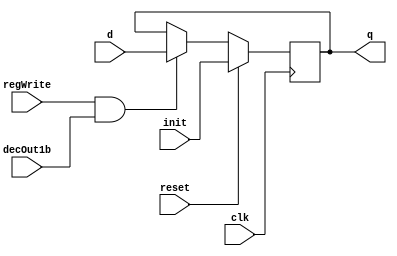

// Instruction Memory Design
module D_ff_Mem (input clk, input reset, input regWrite, input decOut1b,input init, input d, output reg q);
	always @ (negedge clk)
	begin
	if(reset==1)
		q=init;
	else
		if(regWrite == 1 && decOut1b==1) begin q=d; end
	end
endmodule

module register_Mem(input clk,input reset,input regWrite,input decOut1b,input [15:0]init, input [15:0] d_in, output [15:0] q_out);
	D_ff_Mem dMem0 (clk,reset,regWrite,decOut1b,init[0],d_in[0],q_out[0]);
	D_ff_Mem dMem1 (clk,reset,regWrite,decOut1b,init[1],d_in[1],q_out[1]);
	D_ff_Mem dMem2 (clk,reset,regWrite,decOut1b,init[2],d_in[2],q_out[2]);
	D_ff_Mem dMem3 (clk,reset,regWrite,decOut1b,init[3],d_in[3],q_out[3]);
	
	D_ff_Mem dMem4 (clk,reset,regWrite,decOut1b,init[4],d_in[4],q_out[4]);
	D_ff_Mem dMem5 (clk,reset,regWrite,decOut1b,init[5],d_in[5],q_out[5]);
	D_ff_Mem dMem6 (clk,reset,regWrite,decOut1b,init[6],d_in[6],q_out[6]);
	D_ff_Mem dMem7 (clk,reset,regWrite,decOut1b,init[7],d_in[7],q_out[7]);

	D_ff_Mem dMem8 (clk,reset,regWrite,decOut1b,init[8],d_in[8],q_out[8]);
	D_ff_Mem dMem9 (clk,reset,regWrite,decOut1b,init[9],d_in[9],q_out[9]);
	D_ff_Mem dMem10 (clk,reset,regWrite,decOut1b,init[10],d_in[10],q_out[10]);
	D_ff_Mem dMem11 (clk,reset,regWrite,decOut1b,init[11],d_in[11],q_out[11]);
	
	D_ff_Mem dMem12 (clk,reset,regWrite,decOut1b,init[12],d_in[12],q_out[12]);
	D_ff_Mem dMem13 (clk,reset,regWrite,decOut1b,init[13],d_in[13],q_out[13]);
	D_ff_Mem dMem14 (clk,reset,regWrite,decOut1b,init[14],d_in[14],q_out[14]);
	D_ff_Mem dMem15 (clk,reset,regWrite,decOut1b,init[15],d_in[15],q_out[15]);
endmodule

module decoder4to16( input [3:0] destReg, output reg [15:0] decOut);
	always@(destReg)
	case(destReg)
			4'b0000: decOut=16'b0000000000000001; 
			4'b0001: decOut=16'b0000000000000010;
			4'b0010: decOut=16'b0000000000000100;
			4'b0011: decOut=16'b0000000000001000;
			4'b0100: decOut=16'b0000000000010000;
			4'b0101: decOut=16'b0000000000100000;
			4'b0110: decOut=16'b0000000001000000;
			4'b0111: decOut=16'b0000000010000000;
			4'b1000: decOut=16'b0000000100000000; 
			4'b1001: decOut=16'b0000001000000000;
			4'b1010: decOut=16'b0000010000000000;
			4'b1011: decOut=16'b0000100000000000;
			4'b1100: decOut=16'b0001000000000000;
			4'b1101: decOut=16'b0010000000000000;
			4'b1110: decOut=16'b0100000000000000;
			4'b1111: decOut=16'b1000000000000000;
	endcase
endmodule

module mux16to1( input [15:0] outR0,outR1,outR2,outR3,outR4,outR5,outR6,outR7,outR8,outR9,outR10,outR11,outR12,outR13,outR14,outR15, input [3:0] Sel, output reg [15:0] outBus );
	always@(outR0 or outR1 or outR2 or outR3 or outR4 or outR5 or outR6 or outR7 or outR8 or outR9 or outR10 or outR11 or outR12 or outR13 or outR14 or outR15 or Sel)
	case (Sel)
				4'b0000: outBus=outR0;
				4'b0001: outBus=outR1;
				4'b0010: outBus=outR2;
				4'b0011: outBus=outR3;
				4'b0100: outBus=outR4;
				4'b0101: outBus=outR5;
				4'b0110: outBus=outR6;
				4'b0111: outBus=outR7;
				4'b1000: outBus=outR8;
				4'b1001: outBus=outR9;
				4'b1010: outBus=outR10;
				4'b1011: outBus=outR11;
				4'b1100: outBus=outR12;
				4'b1101: outBus=outR13;
				4'b1110: outBus=outR14;
				4'b1111: outBus=outR15;
	endcase
endmodule

module Mem(input clk, input reset,input memWrite,input memRead, input [15:0] pc, input [15:0] dataIn,output [15:0] IR );
	wire [15:0] Qout0, Qout1, Qout2, Qout3, Qout4, Qout5, Qout6, Qout7,
					Qout8, Qout9, Qout10, Qout11, Qout12, Qout13, Qout14, Qout15,decOut;

	decoder4to16 dec0( pc[4:1], decOut);
	
	register_Mem r0(clk,reset,memWrite,decOut[0],16'b 101_0000_0001_00001,dataIn,Qout0); //addi $r1,$r0,1
	register_Mem r1(clk,reset,memWrite,decOut[1],16'b 101_0000_0010_00010,dataIn,Qout1); //addi $r2,$r0,2
	register_Mem r2(clk,reset,memWrite,decOut[2],16'b 000_0001_0010_00011,dataIn,Qout2); //add $r3,$r1,$r2
	register_Mem r3(clk,reset,memWrite,decOut[3],16'b 001_0010_0010_00000,dataIn,Qout3); //mul $r2,$r2
	
	register_Mem r4(clk,reset,memWrite,decOut[4],16'b 100_0000_0000_00100,dataIn,Qout4); //mflo $r4
	register_Mem r5(clk,reset,memWrite,decOut[5],16'b 000_0100_0011_00111,dataIn,Qout5); //add $r7, $r4, $r3
	register_Mem r6(clk,reset,memWrite,decOut[6],16'b 111_0100_0111_11010,dataIn,Qout6); //sw $r7,26($r4)
	register_Mem r7(clk,reset,memWrite,decOut[7],16'b 000_0111_0001_00111,dataIn,Qout7);  //add $r7,$r7,$r1
	
	register_Mem r8(clk,reset,memWrite,decOut[8],16'b 000_0000_0111_01000,dataIn,Qout8); //add $r8, $r0, $r7
	register_Mem r9(clk,reset,memWrite,decOut[9],16'b 110_0100_0111_11010,dataIn,Qout9); //lw $r7, 26($r4)
	register_Mem r10(clk,reset,memWrite,decOut[10],16'b 000_1000_0100_01100,dataIn,Qout10); //add $r12,$r8,$r4
	register_Mem r11(clk,reset,memWrite,decOut[11],16'b 010_1100_0111_00000,dataIn,Qout11); //div $r12,$r7
	
	register_Mem r12(clk,reset,memWrite,decOut[12],16'b 011_0000_0000_00101,dataIn,Qout12); //mfhi $r5
	register_Mem r13(clk,reset,memWrite,decOut[13],16'b 000_0101_0001_00110,dataIn,Qout13); //add $r6, $r5, $r1
	register_Mem r14(clk,reset,memWrite,decOut[14],16'd0,dataIn,Qout14);
	register_Mem r15(clk,reset,memWrite,decOut[15],16'd0,dataIn,Qout15);	//This memory location stores contents of $r7
	
	mux16to1 mMem (Qout0,Qout1,Qout2,Qout3,Qout4,Qout5,Qout6,Qout7,Qout8,Qout9,Qout10,Qout11,Qout12,Qout13,Qout14,Qout15,pc[4:1],IR);
endmodule
//Instruction Memory Design Ends

//Register File Design
module D_ff (input clk, input reset, input regWrite, input decOut1b, input d, output reg q);
	always @ (negedge clk)
	begin
	if(reset==1'b1)
		q=0;
	else
		if(regWrite == 1'b1 && decOut1b==1'b1) begin q=d; end
	end
endmodule

module register16bit( input clk, input reset, input regWrite, input decOut1b, input [15:0] writeData, output  [15:0] outR );
	D_ff d0(clk, reset, regWrite, decOut1b, writeData[0], outR[0]);
	D_ff d1(clk, reset, regWrite, decOut1b, writeData[1], outR[1]);
	D_ff d2(clk, reset, regWrite, decOut1b, writeData[2], outR[2]);
	D_ff d3(clk, reset, regWrite, decOut1b, writeData[3], outR[3]);
	D_ff d4(clk, reset, regWrite, decOut1b, writeData[4], outR[4]);
	D_ff d5(clk, reset, regWrite, decOut1b, writeData[5], outR[5]);
	D_ff d6(clk, reset, regWrite, decOut1b, writeData[6], outR[6]);
	D_ff d7(clk, reset, regWrite, decOut1b, writeData[7], outR[7]);
	D_ff d8(clk, reset, regWrite, decOut1b, writeData[8], outR[8]);
	D_ff d9(clk, reset, regWrite, decOut1b, writeData[9], outR[9]);
	D_ff d10(clk, reset, regWrite, decOut1b, writeData[10], outR[10]);
	D_ff d11(clk, reset, regWrite, decOut1b, writeData[11], outR[11]);
	D_ff d12(clk, reset, regWrite, decOut1b, writeData[12], outR[12]);
	D_ff d13(clk, reset, regWrite, decOut1b, writeData[13], outR[13]);
	D_ff d14(clk, reset, regWrite, decOut1b, writeData[14], outR[14]);
	D_ff d15(clk, reset, regWrite, decOut1b, writeData[15], outR[15]);
endmodule

module registerSet( input clk, input reset, input regWrite, input [15:0] decOut, input [15:0] writeData,  output [15:0] outR0,outR1,outR2,outR3,outR4,outR5,outR6,outR7,outR8,outR9,outR10,outR11,outR12,outR13,outR14,outR15 );
	register16bit r0 (clk, reset, regWrite, decOut[0] , writeData , outR0 );
	register16bit r1 (clk, reset, regWrite, decOut[1] , writeData , outR1 );
	register16bit r2 (clk, reset, regWrite, decOut[2] , writeData , outR2 );
	register16bit r3 (clk, reset, regWrite, decOut[3] , writeData , outR3 );
	register16bit r4 (clk, reset, regWrite, decOut[4] , writeData , outR4 );
	register16bit r5 (clk, reset, regWrite, decOut[5] , writeData , outR5 );
	register16bit r6 (clk, reset, regWrite, decOut[6] , writeData , outR6 );
	register16bit r7 (clk, reset, regWrite, decOut[7] , writeData , outR7 );
	register16bit r8 (clk, reset, regWrite, decOut[8] , writeData , outR8 );
	register16bit r9 (clk, reset, regWrite, decOut[9] , writeData , outR9 );
	register16bit r10 (clk, reset, regWrite, decOut[10] , writeData , outR10 );
	register16bit r11(clk, reset, regWrite, decOut[11] , writeData , outR11 );
	register16bit r12 (clk, reset, regWrite, decOut[12] , writeData , outR12 );
	register16bit r13 (clk, reset, regWrite, decOut[13] , writeData , outR13 );
	register16bit r14 (clk, reset, regWrite, decOut[14] , writeData , outR14 );
	register16bit r15 (clk, reset, regWrite, decOut[15] , writeData , outR15 );
endmodule

module registerFile(input clk, input reset, input regWrite, input [3:0] srcRegA, input [3:0] srcRegB, 
		input [3:0] destReg,  input [15:0] writeData, output [15:0] outBusA, output [15:0] outBusB );
	wire [15:0] decOut;
	wire [15:0] outR0,outR1,outR2,outR3,outR4,outR5,outR6,outR7,outR8,outR9,outR10,outR11,outR12,outR13,outR14,outR15;
	decoder4to16 d0 (destReg,decOut);
	registerSet rSet0(clk, reset, regWrite, decOut, writeData, outR0,outR1,outR2,outR3,outR4,outR5,outR6,outR7,outR8,outR9,outR10,outR11,outR12,outR13,outR14,outR15);
	mux16to1 m1(outR0,outR1,outR2,outR3,outR4,outR5,outR6,outR7,outR8,outR9,outR10,outR11,outR12,outR13,outR14,outR15,srcRegA,outBusA);
	mux16to1 m2(outR0,outR1,outR2,outR3,outR4,outR5,outR6,outR7,outR8,outR9,outR10,outR11,outR12,outR13,outR14,outR15,srcRegB,outBusB);
endmodule
//Register File Design Ends

//D_ff for IR register
module D_ff_IR (input IRWrite, input d, output reg q);
	always @ (IRWrite or d)
		begin
		if(IRWrite)
			q=d;
		end
endmodule

//Register to be used for IR register
module register16bit_IR(IRWrite, writeData, outBus);

	input IRWrite;
	input [15:0] writeData;
	output [15:0] outBus;
	D_ff_IR d0(IRWrite, writeData[0], outBus[0]);
	D_ff_IR d1(IRWrite, writeData[1], outBus[1]);
	D_ff_IR d2(IRWrite, writeData[2], outBus[2]);
	D_ff_IR d3(IRWrite, writeData[3], outBus[3]);
	D_ff_IR d4(IRWrite, writeData[4], outBus[4]);
	D_ff_IR d5(IRWrite, writeData[5], outBus[5]);
	D_ff_IR d6(IRWrite, writeData[6], outBus[6]);
	D_ff_IR d7(IRWrite, writeData[7], outBus[7]);
	D_ff_IR d8(IRWrite, writeData[8], outBus[8]);
	D_ff_IR d9(IRWrite, writeData[9], outBus[9]);
	D_ff_IR d10(IRWrite, writeData[10], outBus[10]);
	D_ff_IR d11(IRWrite, writeData[11], outBus[11]);
	D_ff_IR d12(IRWrite, writeData[12], outBus[12]);
	D_ff_IR d13(IRWrite, writeData[13], outBus[13]);
	D_ff_IR d14(IRWrite, writeData[14], outBus[14]);
	D_ff_IR d15(IRWrite, writeData[15], outBus[15]);
endmodule

module mux2to1_16bits(input [15:0] in1, input [15:0] in2, input sel, output reg [15:0] muxout);
					 
	//Write your code here
	always@(in1 or in2 or sel)
	case(sel)
	 1'b0: muxout = in1;
	 1'b1: muxout = in2;  
	endcase
					 
endmodule

module mux2to1_4bits(input [3:0] in1, input [3:0] in2, input sel, output reg [3:0] muxout);
					 
	//Write your code here
	always@(in1 or in2 or sel)
	case(sel)
	 1'b0: muxout = in1;
	 1'b1: muxout = in2;  
	endcase
					 
endmodule

module signExt5to16( input [4:0] offset, output reg [15:0] signExtOffset);
						 
	//Write your code here
	always@(offset)
	begin
	 signExtOffset[15:5] = {11{offset[4]}};
	 signExtOffset[4:0] = offset[4:0];
	end
					 
endmodule

module mux4to1_16bits(input [15:0] in1, input [15:0] in2, input [15:0] in3, input [1:0] sel, output reg [15:0] muxout);
					 
	//Write your code heremux4
	always@(in1 or in2 or sel)
	case(sel)
	 2'b00: muxout = in1;
	 2'b01: muxout = in2;
	 2'b10: muxout = in3;	  
	endcase
	
					 
endmodule

					 
module ctrlCkt	(input clk, input reset, input [2:0] opcode, output reg PCWrite,output reg memRead,output reg memToReg,
				 output reg memWrite,output reg ALUsrcA,output reg regWrite,output reg regDest,output reg IRWrite,output reg IorD,
				 output reg loWrite,output reg hiWrite,output reg [1:0] toReg,output reg [1:0] ALUOp,output reg [1:0]ALUsrcB);
					 
	//Write your code here
	reg[3:0] state;	
	always@(negedge clk or reset)
	if (reset == 1)
	 begin
	    state = 4'b0000; 
	    
      PCWrite = 1'b0;
	    IorD = 1'b0;
	    memRead = 1'b0;
  	   memWrite = 1'b0;
    	 IRWrite = 1'b0;
    	 ALUsrcA = 1'b0;
    	 ALUsrcB = 2'b00;
    	 ALUOp = 2'b00;
    	 hiWrite = 1'b0;
    	 loWrite = 1'b0;
    	 toReg = 2'b00;
    	 memToReg = 1'b0;
    	 regDest = 1'b0;
    	 regWrite = 1'b0;
	 end
	 
	else
	  
	begin
	  
	case(state)
	 4'b0000: 
	   begin
	    state = 4'b0001;
	       
	    PCWrite = 1'b1;
	    IorD = 1'b1;
	    memRead = 1'b1;
  	   memWrite = 1'b0;
    	 IRWrite = 1'b1;
    	 ALUsrcA = 1'b0;
    	 ALUsrcB = 2'b01;
    	 ALUOp = 2'b00;
    	 hiWrite = 1'b0;
    	 loWrite = 1'b0;
    	 toReg = 2'b00;
    	 memToReg = 1'b0;
    	 regDest = 1'b0;
    	 regWrite = 1'b0; 
	 end
	 
	 4'b0001: 
	   begin
	    PCWrite = 1'b0;
	    IorD = 1'b0;
	    memRead = 1'b0;
  	   memWrite = 1'b0;
    	 IRWrite = 1'b0;
    	 ALUsrcA = 1'b0;
    	 ALUsrcB = 2'b00;
    	 ALUOp = 2'b00;
    	 hiWrite = 1'b0;
    	 loWrite = 1'b0;
    	 toReg = 2'b00;
    	 memToReg = 1'b0;
    	 regDest = 1'b0;
    	 regWrite = 1'b0;
	     case(opcode)
	       3'b000:   //add instr
	       begin
	         state = 4'b0010;
	       end  
	       
	       //fall through for mul/div possible??
	       3'b001:   //mul
	       begin
	         state = 4'b0100;
	       end
	       
	       3'b010:   //div
	       begin
	         state = 4'b0100;
	       end
	       
	       3'b011:   //mfhi 
	       begin
	         state = 4'b0101;
	       end
	       
	       3'b100:   //mflo
	       begin
	         state = 4'b0101;
	       end
	       
	       3'b101:   //addi
	       begin
	         state = 4'b0110;
	       end
	       
	       3'b110:   //lw
	       begin
	         state = 4'b1000;
	       end
	       
	       3'b111:   //lw
	       begin
	         state = 4'b1000;
	       end
	     endcase
	    end    //END OF CASE FOR STATE 1
	     
	  4'b0010: 
	   begin
	    state = 4'b0011;  
      	    PCWrite = 1'b0; 
	         IorD = 1'b0;
      	    memRead = 1'b0;
  	        memWrite = 1'b0;
         	 IRWrite = 1'b0;
  	        ALUsrcA = 1'b1;
         	 ALUsrcB = 2'b00;
    	      ALUOp = 2'b00;
         	 hiWrite = 1'b0;
  	        loWrite = 1'b0;
         	 toReg = 2'b00;
	         memToReg = 1'b0;
         	 regDest = 1'b0;
    	      regWrite = 1'b0;
	    
	 end
	 
	 4'b0011: 
	   begin
	    state = 4'b0000;
	      
	    PCWrite = 1'b0;
	    IorD = 1'b0;
	    memRead = 1'b0;
  	   memWrite = 1'b0;
    	 IRWrite = 1'b0;
    	 ALUsrcA = 1'b0;
    	 ALUsrcB = 2'b00;
    	 ALUOp = 2'b00;
    	 hiWrite = 1'b0;
    	 loWrite = 1'b0;
    	 toReg = 2'b10;
    	 memToReg = 1'b0;
    	 regDest = 1'b1;
    	 regWrite = 1'b1;
	 end
	 
	 4'b0100: 
	   begin
	    state = 4'b0000;
	      
	    
      	    PCWrite = 1'b0; 
	         IorD = 1'b0;
      	    memRead = 1'b0;
  	        memWrite = 1'b0;
         	 IRWrite = 1'b0;
  	        ALUsrcA = 1'b1;
         	 ALUsrcB = 2'b00;
         	 
    	      case(opcode)
    	       3'b001: ALUOp = 2'b01;    //mul 
    	       3'b010: ALUOp = 2'b10;    //div
  	       endcase
  	       
         	 hiWrite = 1'b1;
  	        loWrite = 1'b1;
         	 toReg = 2'b00;
	         memToReg = 1'b0;
         	 regDest = 1'b0;
    	      regWrite = 1'b0;  
	   
	   end
  
   4'b0101: 
	   begin
	    state = 4'b0000;
	    
      	    PCWrite = 1'b0; 
	         IorD = 1'b0;
      	    memRead = 1'b0;
  	        memWrite = 1'b0;
         	 IRWrite = 1'b0;
  	        ALUsrcA = 1'b0;
         	 ALUsrcB = 2'b00;
    	      ALUOp = 2'b00;
         	 hiWrite = 1'b0;
  	        loWrite = 1'b0;
         	 case(opcode)
    	       3'b100: toReg = 2'b01;  //mflo
    	       3'b011: ALUOp = 2'b00;    //mfhi
  	       endcase
         	 
	         memToReg = 1'b0;
         	 regDest = 1'b1;
    	      regWrite = 1'b1;
	 end
	 
	 
	 4'b0110: 
	   begin
	    state = 4'b0111;
	    
	    
      	    PCWrite = 1'b0; 
	         IorD = 1'b0;
      	    memRead = 1'b0;
  	        memWrite = 1'b0;
         	 IRWrite = 1'b0;
  	        ALUsrcA = 1'b1;
         	 ALUsrcB = 2'b10;
    	      ALUOp = 2'b00;
         	 hiWrite = 1'b0;
  	        loWrite = 1'b0;
         	 toReg = 2'b00;
	         memToReg = 1'b0;
         	 regDest = 1'b0;
    	      regWrite = 1'b0;
	 
	 end
	 
	  4'b0111: 
	   begin
	    state = 4'b0000;
	      
	    
	    PCWrite = 1'b0;
	    IorD = 1'b0;
	    memRead = 1'b0;
  	   memWrite = 1'b0;
    	 IRWrite = 1'b0;
    	 ALUsrcA = 1'b0;
    	 ALUsrcB = 2'b00;
    	 ALUOp = 2'b00;
    	 hiWrite = 1'b0;
    	 loWrite = 1'b0;
    	 toReg = 2'b10;
    	 memToReg = 1'b0;
    	 regDest = 1'b0;
    	 regWrite = 1'b1;
	 end
	 
	 
	 
	 4'b1000: 
	 begin
	   
      	    PCWrite = 1'b0; 
	         IorD = 1'b0;
      	    memRead = 1'b0;
  	        memWrite = 1'b0;
         	 IRWrite = 1'b0;
  	        ALUsrcA = 1'b1;
         	 ALUsrcB = 2'b10;
    	      ALUOp = 2'b00;
         	 hiWrite = 1'b0;
  	        loWrite = 1'b0;
         	 toReg = 2'b00;
	         memToReg = 1'b0;
         	 regDest = 1'b0;
    	      regWrite = 1'b0;
	 
	 case(opcode)
	     3'b110:
	   begin
	    state = 4'b1001;  
	  end
	 
	   3'b111:
	 begin
	    state = 4'b1011;
	    
	 end
	 
	endcase
	end
	4'b1001: 
	   begin
	    state = 4'b1010;
	        
	    PCWrite = 1'b0;
	    IorD = 1'b0;
	    memRead = 1'b1;
  	   memWrite = 1'b0;
    	 IRWrite = 1'b0;
    	 ALUsrcA = 1'b0;
    	 ALUsrcB = 2'b00;
    	 ALUOp = 2'b00;
    	 hiWrite = 1'b0;
    	 loWrite = 1'b0;
    	 toReg = 2'b10;
    	 memToReg = 1'b0;
    	 regDest = 1'b0;
    	 regWrite = 1'b0;
	    
	 end
	 
	  4'b1010: 
	   begin
	    state = 4'b0000;
	      
	    PCWrite = 1'b0;
	    IorD = 1'b0;
	    memRead = 1'b0;
  	   memWrite = 1'b0;
    	 IRWrite = 1'b0;
    	 ALUsrcA = 1'b0;
    	 ALUsrcB = 2'b00;
    	 ALUOp = 2'b00;
    	 hiWrite = 1'b0;
    	 loWrite = 1'b0;
    	 toReg = 2'b00;
    	 memToReg = 1'b1;
    	 regDest = 1'b0;
    	 regWrite = 1'b1;
	 end
	 
	  4'b1011: 
	   begin
	    state = 4'b0000;
	      
	    PCWrite = 1'b0;
	    IorD = 1'b0;
	    memRead = 1'b0;
  	   memWrite = 1'b1;
    	 IRWrite = 1'b0;
    	 ALUsrcA = 1'b0;
    	 ALUsrcB = 2'b00;
    	 ALUOp = 2'b00;
    	 hiWrite = 1'b0;
    	 loWrite = 1'b0;
    	 toReg = 2'b10;
    	 memToReg = 1'b0;
    	 regDest = 1'b0;
    	 regWrite = 1'b0;
	 end
	 

	endcase
end
endmodule


//For Multiplication lo register stores least significant 16 bits of result and hi register stores most significant 16 bits of result
//For Division lo register stores quotient of result and hi register stores remainder of result
module alu(input [15:0] aluIn1, input [15:0] aluIn2, input [1:0] aluOp, output reg [15:0] aluOut1,output reg [15:0] aluOut2);
					 
	//Write your code here
	always@(aluIn1 or aluIn2 or aluOp)
	case(aluOp)
	  2'b00: 
	   begin
	     aluOut1 = aluIn1 + aluIn2;
	     aluOut2 = 0;
	   end
	     
	  2'b01: 
	   begin
	     {aluOut2, aluOut1} = aluIn1 * aluIn2;
	   end
	   
	   2'b10:
	   begin
	     aluOut1 = aluIn1 / aluIn2;
	     aluOut2 = aluIn1 % aluIn2;
	   end
	 endcase 
	 
endmodule

//top module
module multiCycle(input clk, input reset, output [15:0] Result );
				 
	//Write your code here
	//Create instance of register16bit_IR register for IR register. 		
	
	wire pcWrite;
	wire[15:0] aluOut1;
	wire[15:0] pcout;
	
	wire IorD;
	wire[15:0] pcmemMuxOut;
	
	wire[15:0] regRt;
	wire[15:0] regRs;
	wire memWrite;
	wire memRead;
	
	wire[15:0] IRin;
	wire[15:0] IR;
	wire IRWrite;

	wire[15:0] mdrOut;
	wire[1:0] aluOp;
	
	wire regDest;
	wire memToReg;
	
	wire[3:0] mux_4bit_out;
	
	wire hiWrite;
  wire loWrite;
  wire[15:0] hiOut;
  wire[15:0] loOut;
  wire[15:0] actAluOut;
  
  wire[1:0] toReg;
  
  
  wire aluSrcA;
  wire[1:0] aluSrcB;
  wire[15:0] aluIn2;
  wire[15:0] aluIn1;
    
          wire[15:0] signExtOffset;
  
  wire[15:0] aluOut2;
  
  wire[15:0] writeData;
 wire[15:0] outBusA;
 wire[15:0] outBusB;

  
    /*
  		 
module ctrlCkt	(input clk, input reset, input [2:0] opcode, output reg PCWrite,output reg memRead,output reg memToReg,
				 output reg memWrite,output reg ALUsrcA,output reg regWrite,output reg regDest,output reg IRWrite,output reg IorD,
				 output reg loWrite,output reg hiWrite,output reg [1:0] toReg,output reg [1:0] ALUOp,output reg [1:0]ALUsrcB);
	*/
	
  //register16bit( input clk, input reset, input regWrite, input decOut1b, input [15:0] writeData, output  [15:0] outR );
	register16bit PC(clk,reset, pcWrite, 1'b1, aluOut1, pcout);

  //	mux2to1_16bits (input [15:0] in1, input [15:0] in2, input sel, output reg [15:0] muxout);	
	mux2to1_16bits mux_pc_mem(Result, pcout, IorD, pcmemMuxOut);
	
	// Mem(input clk, input reset,input memWrite,input memRead, input [15:0] pc, input [15:0] dataIn,output [15:0] IR );
	Mem mem1(clk, reset, memWrite, memRead, pcmemMuxOut, regRt, IRin);
	
	//register16bit_IR(IRWrite, writeData, outBus);
	//
	/*input IRWrite;
	input [15:0] writeData;
	output [15:0] outBus;
	*/
	register16bit_IR instrReg(IRWrite, IRin, IR); 

  register16bit MDR(clk,reset, 1'b1, 1'b1, IRin, mdrOut);
  
 
  //mux2to1_4bits(input [3:0] in1, input [3:0] in2, input sel, output reg [3:0] muxout);		
  mux2to1_4bits mux2to1_4bits1(IR[8:5], IR[3:0], regDest, mux_4bit_out);
     
  //module signExt5to16( input [4:0] offset, output reg [15:0] signExtOffset);
  signExt5to16 signExt5to161(IR[4:0], signExtOffset);
  
  
//  mux2to1_16bits (input [15:0] in1, input [15:0] in2, input sel, output reg [15:0] muxout);
  
  mux2to1_16bits muxToRegFile(Result, mdrOut, memToReg, writeData);
 
  
 /*
  registerFile(input clk, input reset, input regWrite, input [3:0] srcRegA, input [3:0] srcRegB, 
		input [3:0] destReg,  input [15:0] writeData, output [15:0] outBusA, output [15:0] outBusB );
 */
 
registerFile regFile(clk, reset, regWrite, IR[12:9], IR[8:5], mux_4bit_out, writeData, outBusA, outBusB);

register16bit A(clk,reset, 1'b1, 1'b1, outBusA, regRs);
register16bit B(clk,reset, 1'b1, 1'b1, outBusB, regRt);


  mux2to1_16bits muxToAluIn1(pcout, regRs, aluSrcA, aluIn1);
 // mux4to1_16bits(input [15:0] in1, input [15:0] in2, input [15:0] in3, input [1:0] sel, output reg [15:0] muxout);			 
  mux4to1_16bits  mux4to1_16bits1(regRt, 16'b0000000000000010, signExtOffset, aluSrcB, aluIn2);
  
  
 
  
  //alu(input [15:0] aluIn1, input [15:0] aluIn2, input [1:0] aluOp, output reg [15:0] aluOut1,output reg [15:0] aluOut2);
				alu alu1(aluIn1, aluIn2, aluOp, aluOut1, aluOut2);
				
				
  //register16bit MDR(clk,reset, 1'b1, 1'b1, IRin, mdrOut);
register16bit hi(clk,reset, hiWrite, 1'b1, aluOut2, hiOut);
register16bit lo(clk,reset, loWrite, 1'b1, aluOut1, loOut);
register16bit ALUOUT(clk,reset, 1'b1, 1'b1, aluOut1, actAluOut);
mux4to1_16bits  mux4to1_16bits2(hiOut, loOut, actAluOut, toReg, Result);	 
ctrlCkt ctrlCkt1(clk, reset, IR[15:13], pcWrite, memRead, memToReg, memWrite, aluSrcA, regWrite, regDest, IRWrite, IorD, loWrite, hiWrite, toReg, aluOp, aluSrcB);

endmodule







module multiCycleTestBench;
	reg clk;
	reg reset;
	wire [15:0] Result;
	multiCycle uut (.clk(clk), .reset(reset), .Result(Result));

	always
	#5 clk=~clk;
	
	initial
	begin
		clk=0; reset=1;
		#10  reset=0;	
		
		#570 $finish; 
	end
endmodule